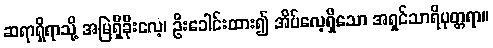
ဆရာရှိရာသို့ အမြဲရှိခိုးလေ့၊ ဦးခေါင်းထား၍ အိပ်လေ့ရှိသော အရှင်သာရိပုတ္တရာ။